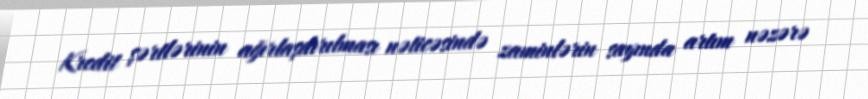
Kredit şərtlərinin ağırlaşdırılması nəticəsində zaminlərin sayında artım nəzərə